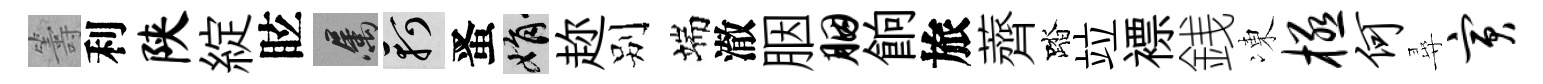
籌利陕綻眩屬軻󱉠娟趂别端澈胭胭餉旅薺踏竝褾銭凍极何尋寅